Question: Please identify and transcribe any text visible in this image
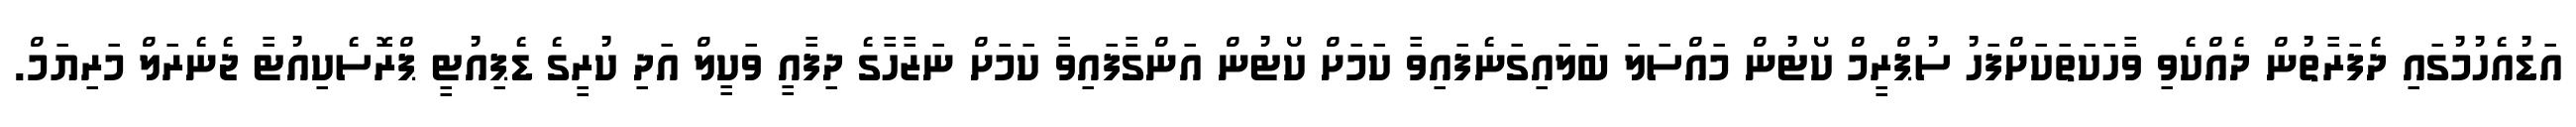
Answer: އަޑުއެހުމުގައި ދެފަރާތުން ދެއްކެވި ވާހަކަތަކަށްފަހު ސުޕްރީމް ކޯޓުން މައްސަލަ ބަލައިގަނެފައިވާ ކަމަށް ކޯޓުން އަންގާފައިވާ ކަމަށް ނަޒާހާގެ ދިފާއީ ވަކީލް އަދި ކުރީގެ ޑެޕިއުޓީ ޕްރޮސެކިއުޓާ ޖެނެރަލް މަރިޔަމް.